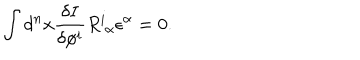
LaTeX: \int d ^ { n } x \frac { \delta I } { \delta \phi ^ { i } } R _ { \ \alpha } ^ { i } \epsilon ^ { \alpha } = 0 .